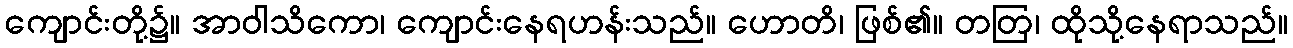
ကျောင်းတို့၌။ အာဝါသိကော၊ ကျောင်းနေရဟန်းသည်။ ဟောတိ၊ ဖြစ်၏။ တတြ၊ ထိုသို့နေရာသည်။